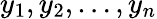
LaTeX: y_{1},y_{2},\ldots,y_{n}